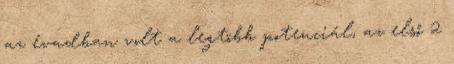
az évadban volt a legtöbb potenciál, az első 2